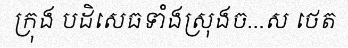
ក្រុង បដិសេធទាំងស្រុងច...ស ថេត